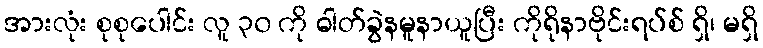
အားလုံး စုစုပေါင်း လူ ၃၀ ကို ဓါတ်ခွဲနမူနာယူပြီး ကိုရိုနာဗိုင်းရပ်စ် ရှိ၊ မရှိ